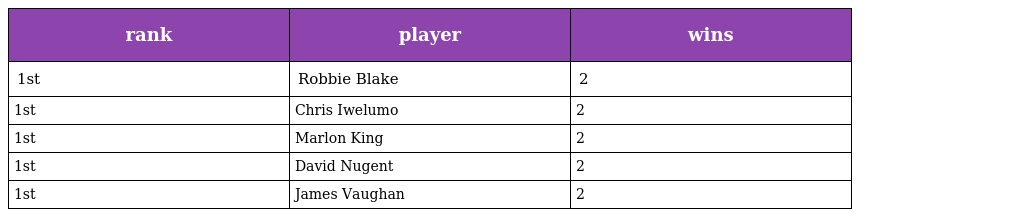
| rank | player | wins |
 | --- | --- | --- |
 | 1st | Robbie Blake | 2 |
 | 1st | Chris Iwelumo | 2 |
 | 1st | Marlon King | 2 |
 | 1st | David Nugent | 2 |
 | 1st | James Vaughan | 2 |